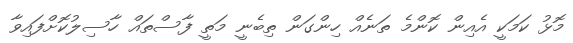
މޮޅު ކަމަކީ އެއިން ކޮންމެ ތަނެއް ހިންގަން ތިބެނީ މަތީ ފާސްތައް ހާސިލުކޮށްފައިވާ